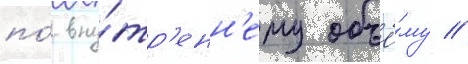
по́ вну́тр'енн'ему объё́му //